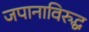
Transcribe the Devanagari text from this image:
जपानाविरुद्ध